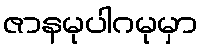
ဇာနမုပါဂမုမှာ